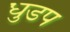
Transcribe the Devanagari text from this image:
धुडप